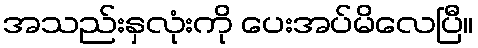
အသည်းနှလုံးကို ပေးအပ်မိလေပြီ။